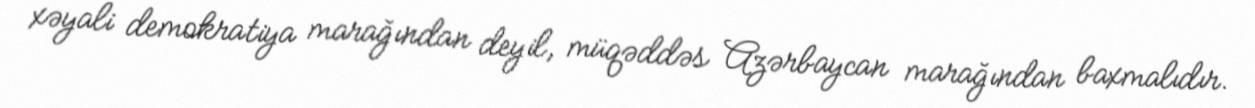
xəyali demokratiya marağından deyil, müqəddəs Azərbaycan marağından baxmalıdır.